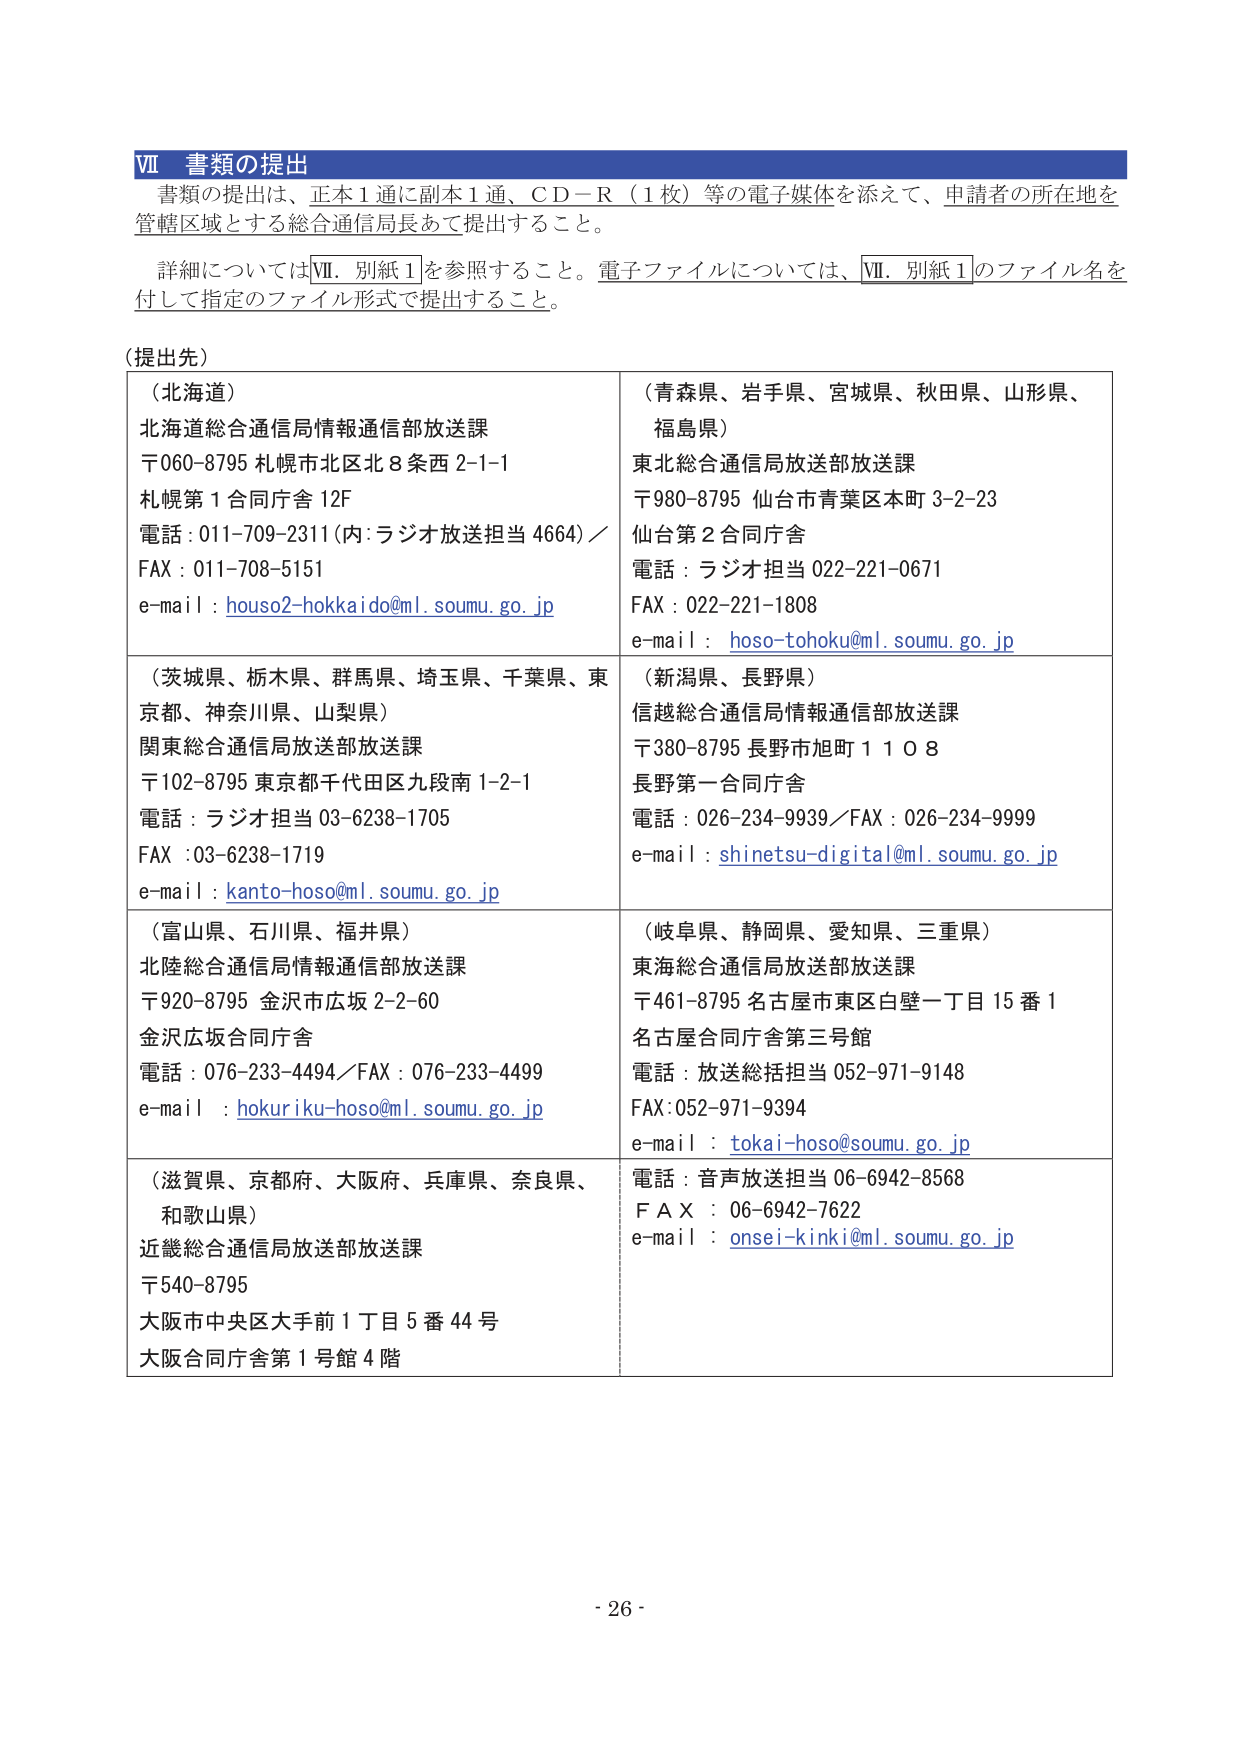
Ⅶ 書類の提出
書類の提出は、正本1通に副本1通、ＣＤ－Ｒ（1枚）等の電子媒体を添えて、申請者の所在地を管轄区域とする総合通信局長あて提出すること。
詳細についてはⅦ．別紙1を参照すること。電子ファイルについては、Ⅶ．別紙1のファイル名を付して指定のファイル形式で提出すること。

（提出先）

（北海道）
北海道総合通信局情報通信部放送課
〒060-8795 札幌市北区北8条西2-1-1
札幌第1合同庁舎12F
電話：011-709-2311（内：ラジオ放送担当4664）／
FAX：011-708-5151
e-mail：houso2-hokkaido@ml.soumu.go.jp

（青森県、岩手県、宮城県、秋田県、山形県、福島県）
東北総合通信局放送部放送課
〒980-8795 仙台市青葉区本町3-2-23
仙台第2合同庁舎
電話：ラジオ担当022-221-0671
FAX：022-221-1808
e-mail：hoso-tohoku@ml.soumu.go.jp

（茨城県、栃木県、群馬県、埼玉県、千葉県、東京都、神奈川県、山梨県）
関東総合通信局放送部放送課
〒102-8795 東京都千代田区九段南1-2-1
電話：ラジオ担当03-6238-1705
FAX：03-6238-1719
e-mail：kanto-hoso@ml.soumu.go.jp

（新潟県、長野県）
信越総合通信局情報通信部放送課
〒380-8795 長野市旭町1108
長野第一合同庁舎
電話：026-234-9939／FAX：026-234-9999
e-mail：shinetsu-digital@ml.soumu.go.jp

（富山県、石川県、福井県）
北陸総合通信局情報通信部放送課
〒920-8795 金沢市広坂2-2-60
金沢広坂合同庁舎
電話：076-233-4494／FAX：076-233-4499
e-mail：hokuriku-hoso@ml.soumu.go.jp

（岐阜県、静岡県、愛知県、三重県）
東海総合通信局放送部放送課
〒461-8795 名古屋市東区白壁一丁目15番1
名古屋合同庁舎第三号館
電話：放送総括担当052-971-9148
FAX：052-971-9394
e-mail：tokai-hoso@soumu.go.jp

（滋賀県、京都府、大阪府、兵庫県、奈良県、和歌山県）
近畿総合通信局放送部放送課
〒540-8795
大阪市中央区大手前1丁目5番44号
大阪合同庁舎第1号館4階

電話：音声放送担当06-6942-8568
ＦＡＸ：06-6942-7622
e-mail：onsei-kinki@ml.soumu.go.jp

- 26 -